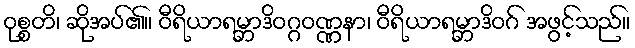
ဝုစ္စတိ၊ ဆိုအပ်၏။ ဝီရိယာရမ္ဘာဒိဝဂ္ဂဝဏ္ဏနာ၊ ဝီရိယာရမ္ဘာဒိဝဂ် အဖွင့်သည်။